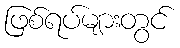
ဖြစ်ရပ်များတွင်